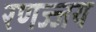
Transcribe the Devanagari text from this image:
रणज्जय